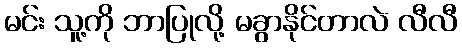
မင်း သူ့ကို ဘာပြုလို့ မခွာနိုင်တာလဲ လီလီ